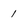
Character: 1